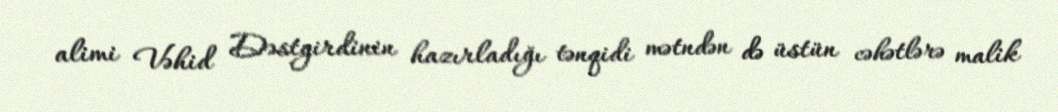
alimi Vəhid Dəstgirdinin hazırladığı tənqidi mətndən də üstün cəhətlərə malik